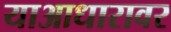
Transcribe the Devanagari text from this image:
याआधारावर